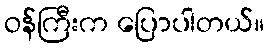
ဝန်ကြီးက ပြောပါတယ်။